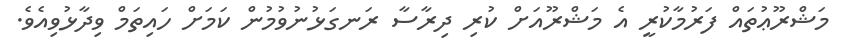
މަޝްރޫޢުތައް ފަރުމާކުރީ އެ މަޝްރޫއަށް ކުރި ދިރާސާ ރަނގަޅުނުވުމުން ކަމަށް ހައިތަމް ވިދާޅުވިއެވެ.